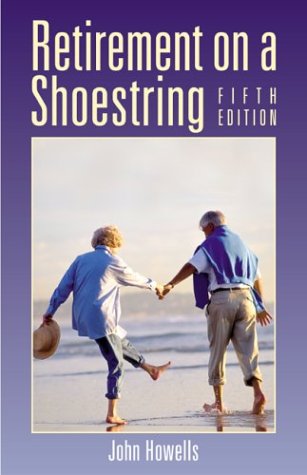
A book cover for Retirement on a Shoestring, 5th (Choose Retirement Series); John Howells; Travel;